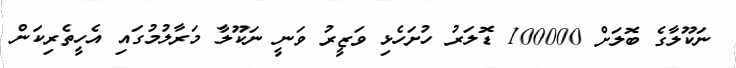
ނަކޫލާގެ ބޮލަށް 100000 ޑޮލަރު ހުށަހެޅި ވަޒީރު ވަނީ ނަކޫލާ މަރާލުމުގައި އެހީތެރިކަން